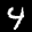
Label: 4